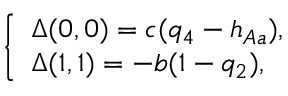
\left\{ \begin{array} { l l } { \Delta ( 0 , 0 ) = c ( q _ { 4 } - h _ { A a } ) , } \\ { \Delta ( 1 , 1 ) = - b ( 1 - q _ { 2 } ) , } \end{array} \right.